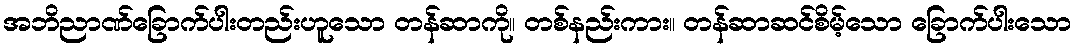
အဘိညာဏ်ခြောက်ပါးတည်းဟူသော တန်ဆာကို။ တစ်နည်းကား။ တန်ဆာဆင်စိမ့်သော ခြောက်ပါးသော